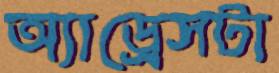
অ্যাড্রেসটা